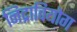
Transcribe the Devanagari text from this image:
निद्रावियोग